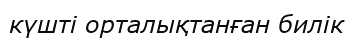
күшті орталықтанған билік